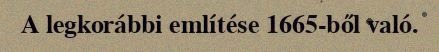
A legkorábbi említése 1665-ből való.